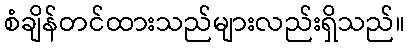
စံချိန်တင်ထားသည်များလည်းရှိသည်။